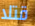
قتلا